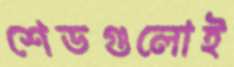
শেডগুলোই